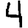
Digit: 4